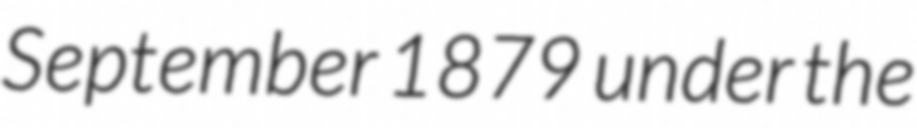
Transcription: September 1879 under the